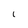
Character: 1